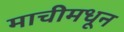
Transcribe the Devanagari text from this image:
माचीमधून